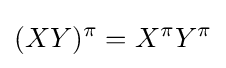
(XY)^{\pi }=X^{\pi }Y^{\pi }